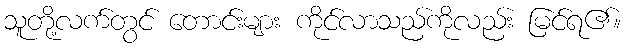
သူတို့လက်တွင် တောင်းများ ကိုင်လာသည်ကိုလည်း မြင်ရ၏။